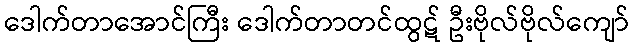
ဒေါက်တာအောင်ကြီး ဒေါက်တာတင်ထွဋ် ဦးဗိုလ်ဗိုလ်ကျော်